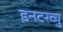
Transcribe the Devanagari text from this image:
इनटरव्यु